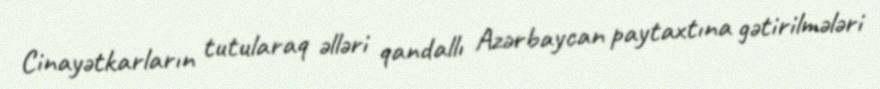
Cinayətkarların tutularaq əlləri qandallı Azərbaycan paytaxtına gətirilmələri